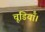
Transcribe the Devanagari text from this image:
चूडियाँ।